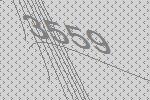
3559